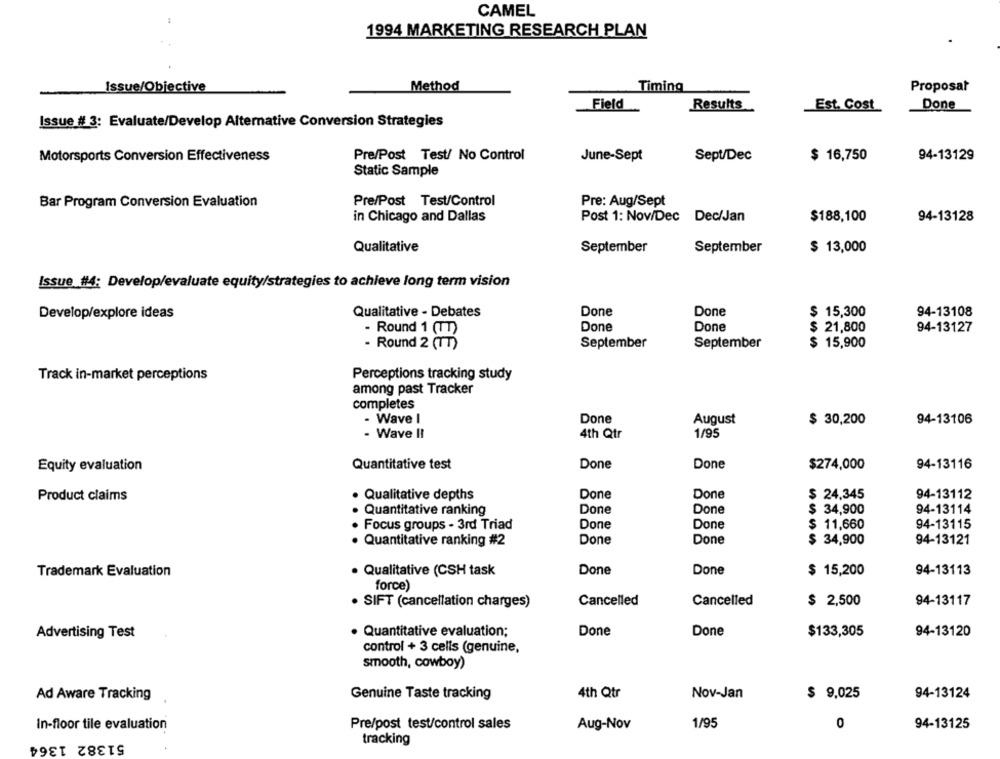
CAMEL
1994 MARKETING RESEARCH PLAN
Issue/Objective
Method
Timing
Proposal
Done
Field
Results
Est. Cost
Issue # 3: Evaluate/Develop Alternative Conversion Strategies
Motorsports Conversion Effectiveness
Pre/Post Test/ No Control
June-Sept
Sept/Dec
$ 16,750
94-13129
Static Sample
Bar Program Conversion Evaluation
Pre/Post Test/Control
Pre: Aug/Sept
in Chicago and Dallas
Post 1: Nov/Dec Dec/Jan
$188,100
94-13128
Qualitative
September
September
$ 13,000
Issue #4: Develop/evaluate equity/strategies to achieve long term vision
Done
Done
Develop/explore ideas
Qualitative - Debates
$ 15,300
94-13108
Done
- Round 1 (TT)
Done
$ 21,800
94-13127
- Round 2 (TT)
September
September
$ 15,900
Track in-market perceptions
Perceptions tracking study
among past Tracker
completes
- Wave I
Done
August
$ 30,200
94-13106
1/95
- Wave II
4th Qtr
Equity evaluation
Quantitative test
Done
Done
$274,000
94-13116
Done
Done
Product claims
Qualitative depths
$ 24,345
94-13112
Done
Done
. Quantitative ranking
$ 34,900
94-13114
. Focus groups - 3rd Triad
Done
Done
$ 11,660
94-13115
Done
94-13121
· Quantitative ranking #2
Done
$ 34,900
Trademark Evaluation
. Qualitative (CSH task
Done
Done
$ 15,200
94-13113
force)
. SIFT (cancellation charges)
Cancelled
Cancelled
$ 2,500
94-13117
Advertising Test
· Quantitative evaluation;
Done
Done
$133,305
94-13120
control + 3 cells (genuine,
smooth, cowboy)
Ad Aware Tracking
Genuine Taste tracking
4th Qtr
Nov-Jan
$ 9,025
94-13124
In-floor tile evaluation
Pre/post test/control sales
Aug-Nov
1/95
0
94-13125
51382 1364
tracking